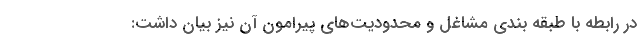
در رابطه با طبقه بندی مشاغل و محدودیت‌های پیرامون آن نیز بیان داشت: